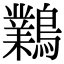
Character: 鸈